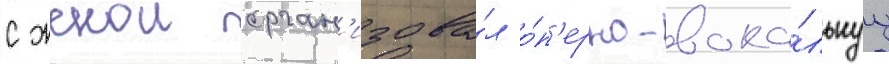
с женои орган'изова́л о́п'ерно-вока́льнуу